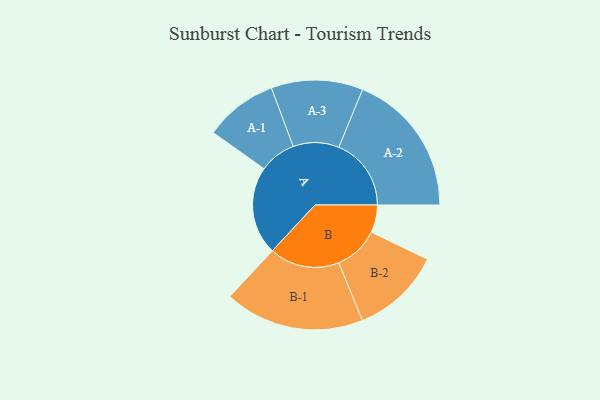
{"axis": {"x": "Segment", "y": "Value"}, "legend": ["", "A", "B"], "data": [{"x": "A", "y": 362, "type": ""}, {"x": "B", "y": 113, "type": ""}, {"x": "A-1", "y": 150, "type": "A"}, {"x": "A-2", "y": 297, "type": "A"}, {"x": "A-3", "y": 188, "type": "A"}, {"x": "B-1", "y": 287, "type": "B"}, {"x": "B-2", "y": 184, "type": "B"}]}